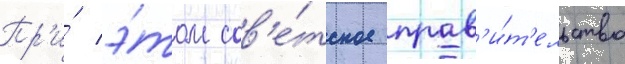
Пр'и́ э́том сов'е́тское прав'и́т'ельство